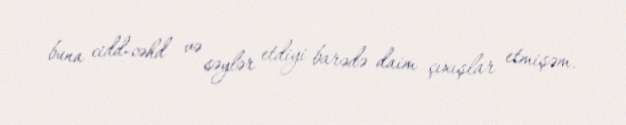
buna cidd-cəhd və səylər etdiyi barədə daim çıxışlar etmişəm.